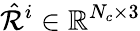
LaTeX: \hat{\mathcal{R}}^{i}\in\mathbb{R}^{N_{c}\times 3}